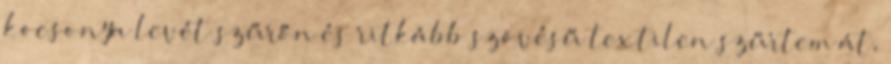
kocsonya levét szűrőn és ritkább szövésű textilen szűrtem át,